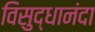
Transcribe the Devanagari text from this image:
विसुद्धानंदा